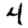
Digit: 4